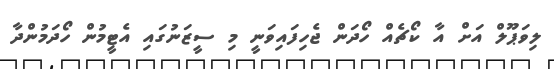
ލިވަޕޫލް އަށް އާ ކޯޗެއް ހޯދަން ޖެހިފައިވަނީ މި ސީޒަނުގައި އެޓީމުން ހޯދަމުންދާ